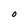
Character: 0